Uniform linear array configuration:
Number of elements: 24
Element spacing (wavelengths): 0.75
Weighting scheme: hamming
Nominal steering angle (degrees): -45
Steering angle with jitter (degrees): -45.718
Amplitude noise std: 0.05
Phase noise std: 0.05

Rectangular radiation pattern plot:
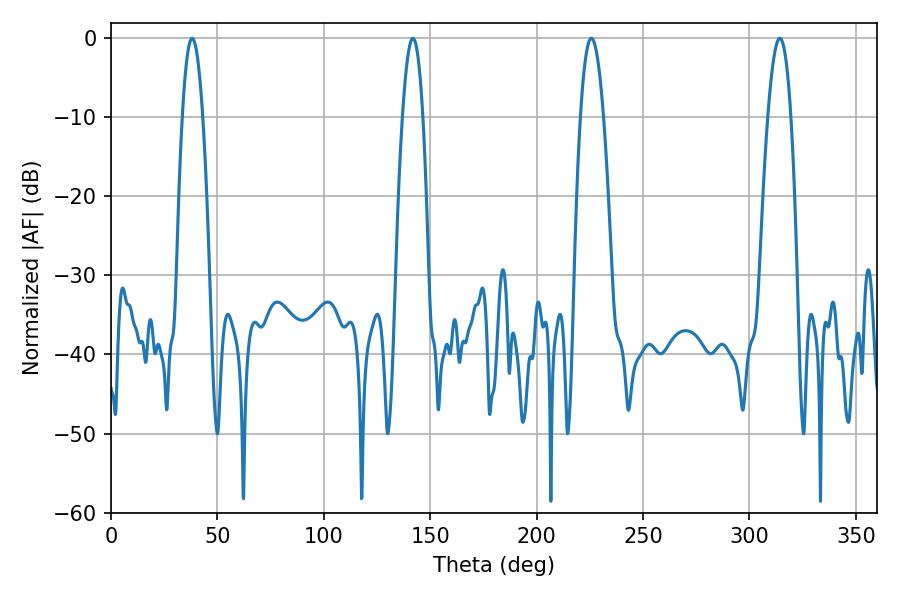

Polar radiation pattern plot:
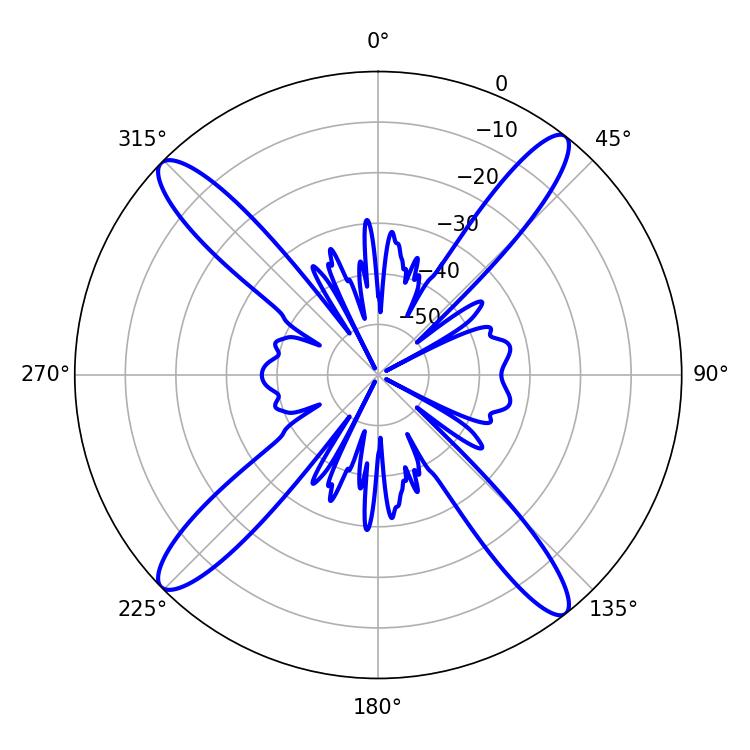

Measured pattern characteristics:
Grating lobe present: TRUE
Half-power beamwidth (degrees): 5.94
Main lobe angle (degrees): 225.72